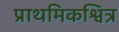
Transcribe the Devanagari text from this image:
प्राथमिकश्वित्र